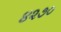
૪૨૭૦